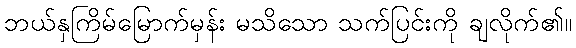
ဘယ်နှကြိမ်မြောက်မှန်း မသိသော သက်ပြင်းကို ချလိုက်၏။